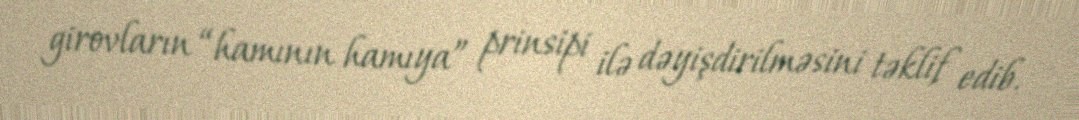
girovların “hamının hamıya” prinsipi ilə dəyişdirilməsini təklif edib.